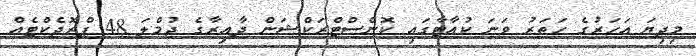
މިދިޔަ އަހަރުގެ ހަތަރު ވަނަ ކުއާޓާގައި ކޮންސްޓްރަކްޝަން ދާއިރާގެ ޖުމްލަ 48 ޕްރޮޖެކްޓެއް